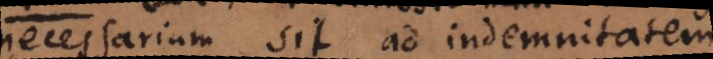
necessarium sit ad indemnitatem.